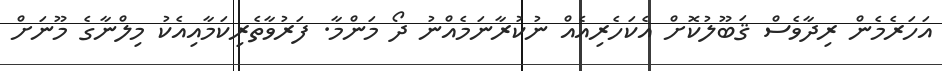
އަހަރެމެން ރިދާވެސް ޤަބޫލުކޮށް އެކަހެރިއެއް ނުކުރާނަމެއްނު ދޯ މަންމާ. ފަރުވާތެރިކަމާއިއެކު މިލްނާގެ މޫނަށް